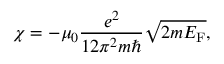
\chi = - \mu _ { 0 } { \frac { e ^ { 2 } } { 1 2 \pi ^ { 2 } m \hbar } } { \sqrt { 2 m E _ { \mathrm { { F } } } } } ,